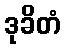
ဒုခိတံ